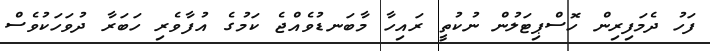
ފަހު ދެމަފިރިން ހޮސްޕިޓަލުން ނުކުތީ ރައިހާ މާބަނޑުވެއްޖެ ކަމުގެ އުފާވެރި ހަބަރާ ދުވަހަކުވެސް